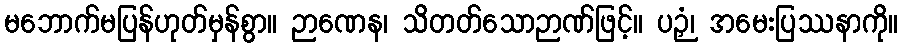
မဘောက်မပြန်ဟုတ်မှန်စွာ။ ဉာဏေန၊ သိတတ်သောဉာဏ်ဖြင့်။ ပဉှံ၊ အမေးပြဿနာကို။